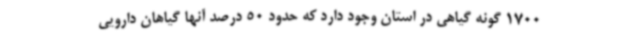
1700 گونه گیاهی در استان وجود دارد که حدود 50 درصد آنها گیاهان دارویی